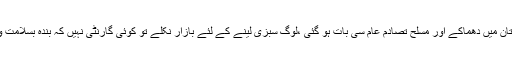
افعانستان اور پاکستان میں دھماکے اور مسلح تصادم عام سی بات ہو گئی ،لوگ سبزی لینے کے لئے بازار نکلے تو کوئی گارنٹی نہیں کہ بندہ بسلامت واپس بھی آئے گا ۔